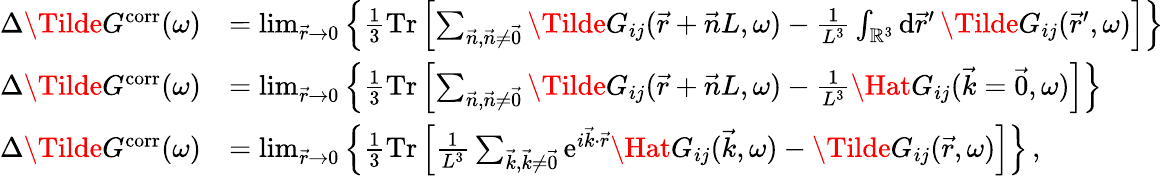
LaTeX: \begin{array}{rl}{\Delta\Tilde{G}^{\mathrm{corr}}(\omega)}&{=\operatorname*{lim}_{\vec{r}\to 0}\left\{ \frac{1}{3}\mathrm{Tr}\left[\sum_{\vec{n},\vec{n}\neq\vec{0}}\Tilde{G}_{ij}(\vec{r}+\vec{n}L,\omega)-\frac{1}{L^{3}}\int_{\mathbb{R}^{3}}\mathrm{d}\vec{r}^{\prime}\, \Tilde{G}_{ij}(\vec{r}^{\prime},\omega)\right]\right\} }\\ {\Delta\Tilde{G}^{\mathrm{corr}}(\omega)}&{=\operatorname*{lim}_{\vec{r}\to 0}\left\{ \frac{1}{3}\mathrm{Tr}\left[\sum_{\vec{n},\vec{n}\neq\vec{0}}\Tilde{G}_{ij}(\vec{r}+\vec{n}L,\omega)-\frac{1}{L^{3}}\Hat{G}_{ij}(\vec{k}=\vec{0},\omega)\right]\right\} }\\ {\Delta\Tilde{G}^{\mathrm{corr}}(\omega)}&{=\operatorname*{lim}_{\vec{r}\to 0}\left\{ \frac{1}{3}\mathrm{Tr}\left[\frac{1}{L^{3}}\sum_{\vec{k},\vec{k}\neq\vec{0}}\mathrm{e}^{i\vec{k}\cdot\vec{r}}\Hat{G}_{ij}(\vec{k},\omega)-\Tilde{G}_{ij}(\vec{r},\omega)\right]\right\} \, ,}\end{array}